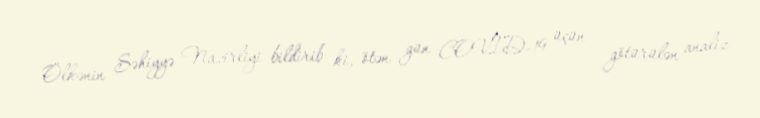
Ölkənin Səhiyyə Nazirliyi bildirib ki, ötən gün COVID-19 üçün götürülən analiz